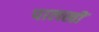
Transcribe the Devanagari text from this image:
पालखीं